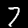
Label: 7